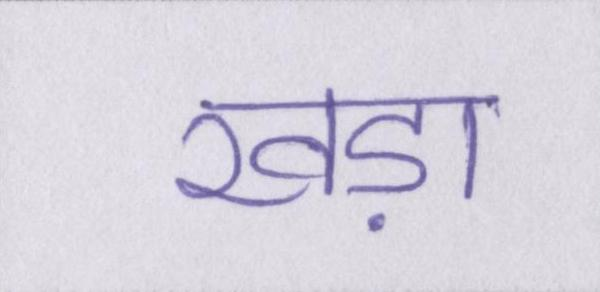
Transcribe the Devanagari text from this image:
खड़ा